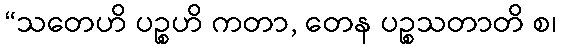
“သတေဟိ ပဉ္စဟိ ကတာ, တေန ပဉ္စသတာတိ စ၊